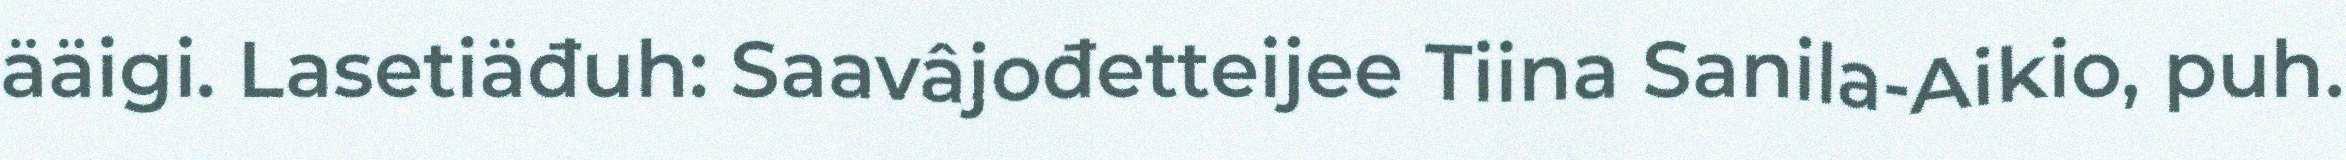
ääigi. Lasetiäđuh: Saavâjođetteijee Tiina Sanila-Aikio, puh.